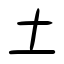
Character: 土